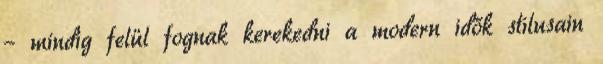
– mindig felül fognak kerekedni a modern idők stílusain